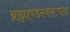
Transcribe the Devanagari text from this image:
ब्रह्माण्डस्वरूपता